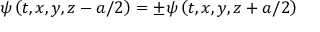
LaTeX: \psi \left( t , x , y , z - a / 2 \right) = \pm \psi \left( t , x , y , z + a / 2 \right)